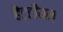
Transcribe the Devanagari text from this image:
हैट्टीयन